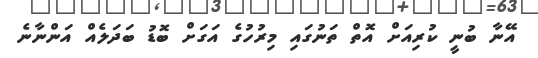
އޭނާ ބުނީ ކުރިއަށް އޮތް ތަނުގައި މިރުހުގެ އަގަށް ބޮޑު ބަދަލެއް އަންނާނެ